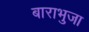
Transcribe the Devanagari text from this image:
बाराभुजा